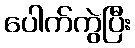
ပေါက်ကွဲပြီး